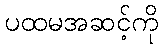
ပထမအဆင့်ကို